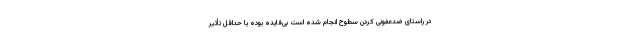
در راستای ضدعفونی کردن سطوح انجام شده است بی‌فایده بوده یا حداقل تأثیر